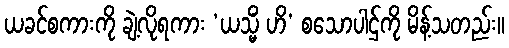
ယခင်စကားကို ချဲ့လိုရကား ‘ယသ္မိံ ဟိ’ စသောပါဌ်ကို မိန့်သတည်း။